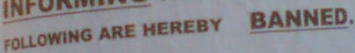
FOLLOWING ARE HEREBY BANNED.